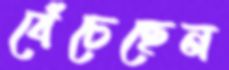
বেঁচেছেন